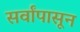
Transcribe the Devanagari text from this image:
सर्वांपासून